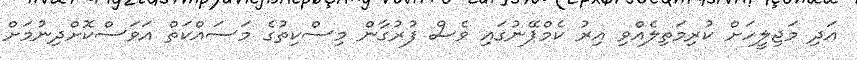
އަދި މަޖިލީހަށް ކުރިމަތިލެއްވި އިރު ކެމްޕޭނުގައި ވެސް ފުރުގާން މިސްކިތުގެ މަސައްކަތް އަވަސްކޮށްދިނުމަށް